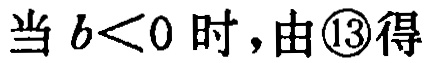
当 \(b<0\) 时，由\textcircled{13}得